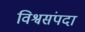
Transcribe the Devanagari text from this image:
विश्वसंपदा